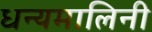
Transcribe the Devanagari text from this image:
धन्यमालिनी